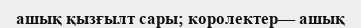
ашық қызғылт сары; королектер— ашық